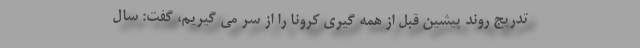
تدریج روند پیشین قبل از همه گیری کرونا را از سر می گیریم، گفت: سال